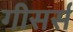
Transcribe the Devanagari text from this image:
गीसर्स